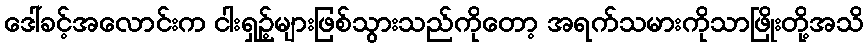
ဒေါ်ခင့်အလောင်းက ငါးရှဉ့်များဖြစ်သွားသည်ကိုတော့ အရက်သမားကိုသာဖြိုးတို့အသိ